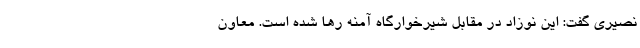
نصیری گفت: این نوزاد در مقابل شیرخوارگاه آمنه رها شده است. معاون